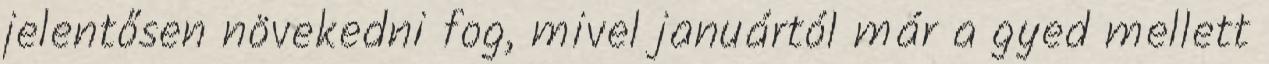
jelentősen növekedni fog, mivel januártól már a gyed mellett